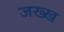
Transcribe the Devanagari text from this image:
जख्ख